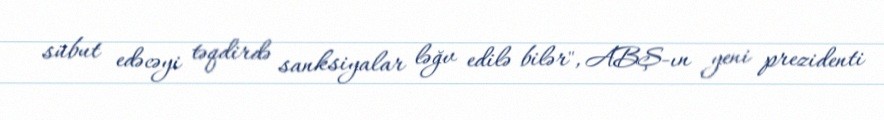
sübut edəcəyi təqdirdə sanksiyalar ləğv edilə bilər", ABŞ-ın yeni prezidenti